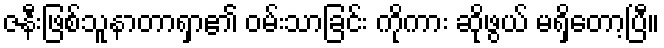
ဇနီးဖြစ်သူနာတာရှာ၏ ဝမ်းသာခြင်း ကိုကား ဆိုဖွယ် မရှိတော့ပြီ။